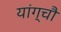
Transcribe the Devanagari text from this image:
यांग्चौ